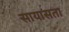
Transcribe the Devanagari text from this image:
सायासता